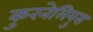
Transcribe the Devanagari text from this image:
कुरनेलियुस